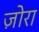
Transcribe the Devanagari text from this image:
ज़ोरा